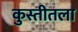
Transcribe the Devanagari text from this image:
कुस्तीतला